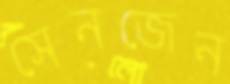
সেনজেন